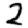
Digit: 2